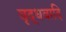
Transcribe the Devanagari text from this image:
वृद्धवादि